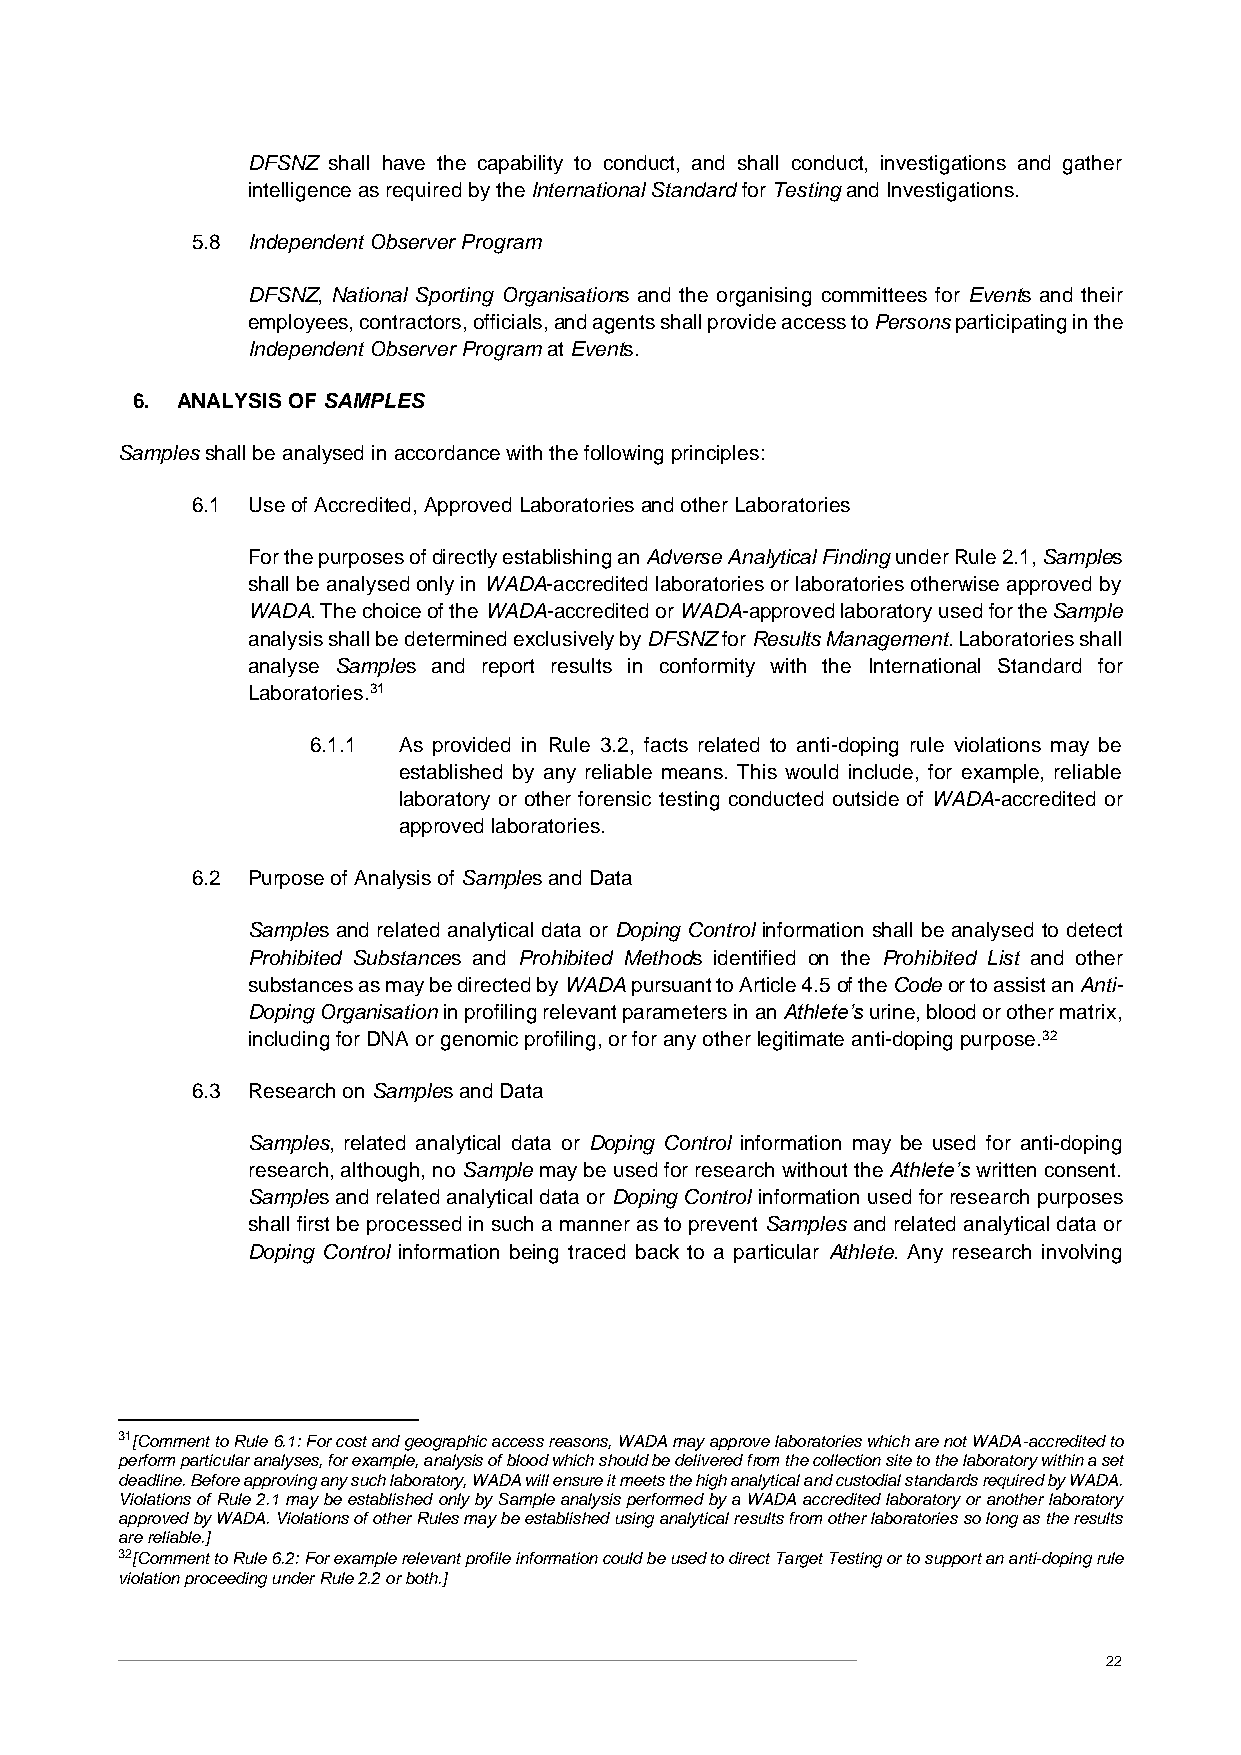
DFSNZ shall have the capability to conduct, and shall conduct, investigations and gather
 intelligence as required by the International Standard for Testing and Investigations.
 5.8 Independent Observer Program
 DFSNZ, National Sporting Organisations and the organising committees for Events and their
 employees, contractors, officials, and agents shall provide access to Persons participating in the
 Independent Observer Program at Events.
 6. ANALYSIS OF SAMPLES
 Samples shall be analysed in accordance with the following principles:
 6.1 Use of Accredited, Approved Laboratories and other Laboratories
 For the purposes of directly establishing an Adverse Analytical Finding under Rule 2.1, Samples
 shall be analysed only in WADA-accredited laboratories or laboratories otherwise approved by
 WADA. The choice of the WADA-accredited or WADA-approved laboratory used for the Sample
 analysis shall be determined exclusively by DFSNZ for Results Management. Laboratories shall
 analyse Samples and report results in conformity with the International Standard for
 Laboratories.31
 6.1.1 As provided in Rule 3.2, facts related to anti-doping rule violations may be
 established by any reliable means. This would include, for example, reliable
 laboratory or other forensic testing conducted outside of WADA-accredited or
 approved laboratories.
 6.2 Purpose of Analysis of Samples and Data
 Samples and related analytical data or Doping Control information shall be analysed to detect
 Prohibited Substances and Prohibited Methods identified on the Prohibited List and other
 substances as may be directed by WADA pursuant to Article 4.5 of the Code or to assist an Anti-
 Doping Organisation in profiling relevant parameters in an Athlete’s urine, blood or other matrix,
 including for DNA or genomic profiling, or for any other legitimate anti-doping purpose.32
 6.3 Research on Samples and Data
 Samples, related analytical data or Doping Control information may be used for anti-doping
 research, although, no Sample may be used for research without the Athlete’s written consent.
 Samples and related analytical data or Doping Control information used for research purposes
 shall first be processed in such a manner as to prevent Samples and related analytical data or
 Doping Control information being traced back to a particular Athlete. Any research involving
 31[Comment to Rule 6.1: For cost and geographic access reasons, WADA may approve laboratories which are not WADA-accredited to
 perform particular analyses, for example, analysis of blood which should be delivered from the collection site to the laboratory within a set
 deadline. Before approving any such laboratory, WADA will ensure it meets the high analytical and custodial standards required by WADA.
 Violations of Rule 2.1 may be established only by Sample analysis performed by a WADA accredited laboratory or another laboratory
 approved by WADA. Violations of other Rules may be established using analytical results from other laboratories so long as the results
 are reliable.]
 32[Comment to Rule 6.2: For example relevant profile information could be used to direct Target Testing or to support an anti-doping rule
 violation proceeding under Rule 2.2 or both.]
 22